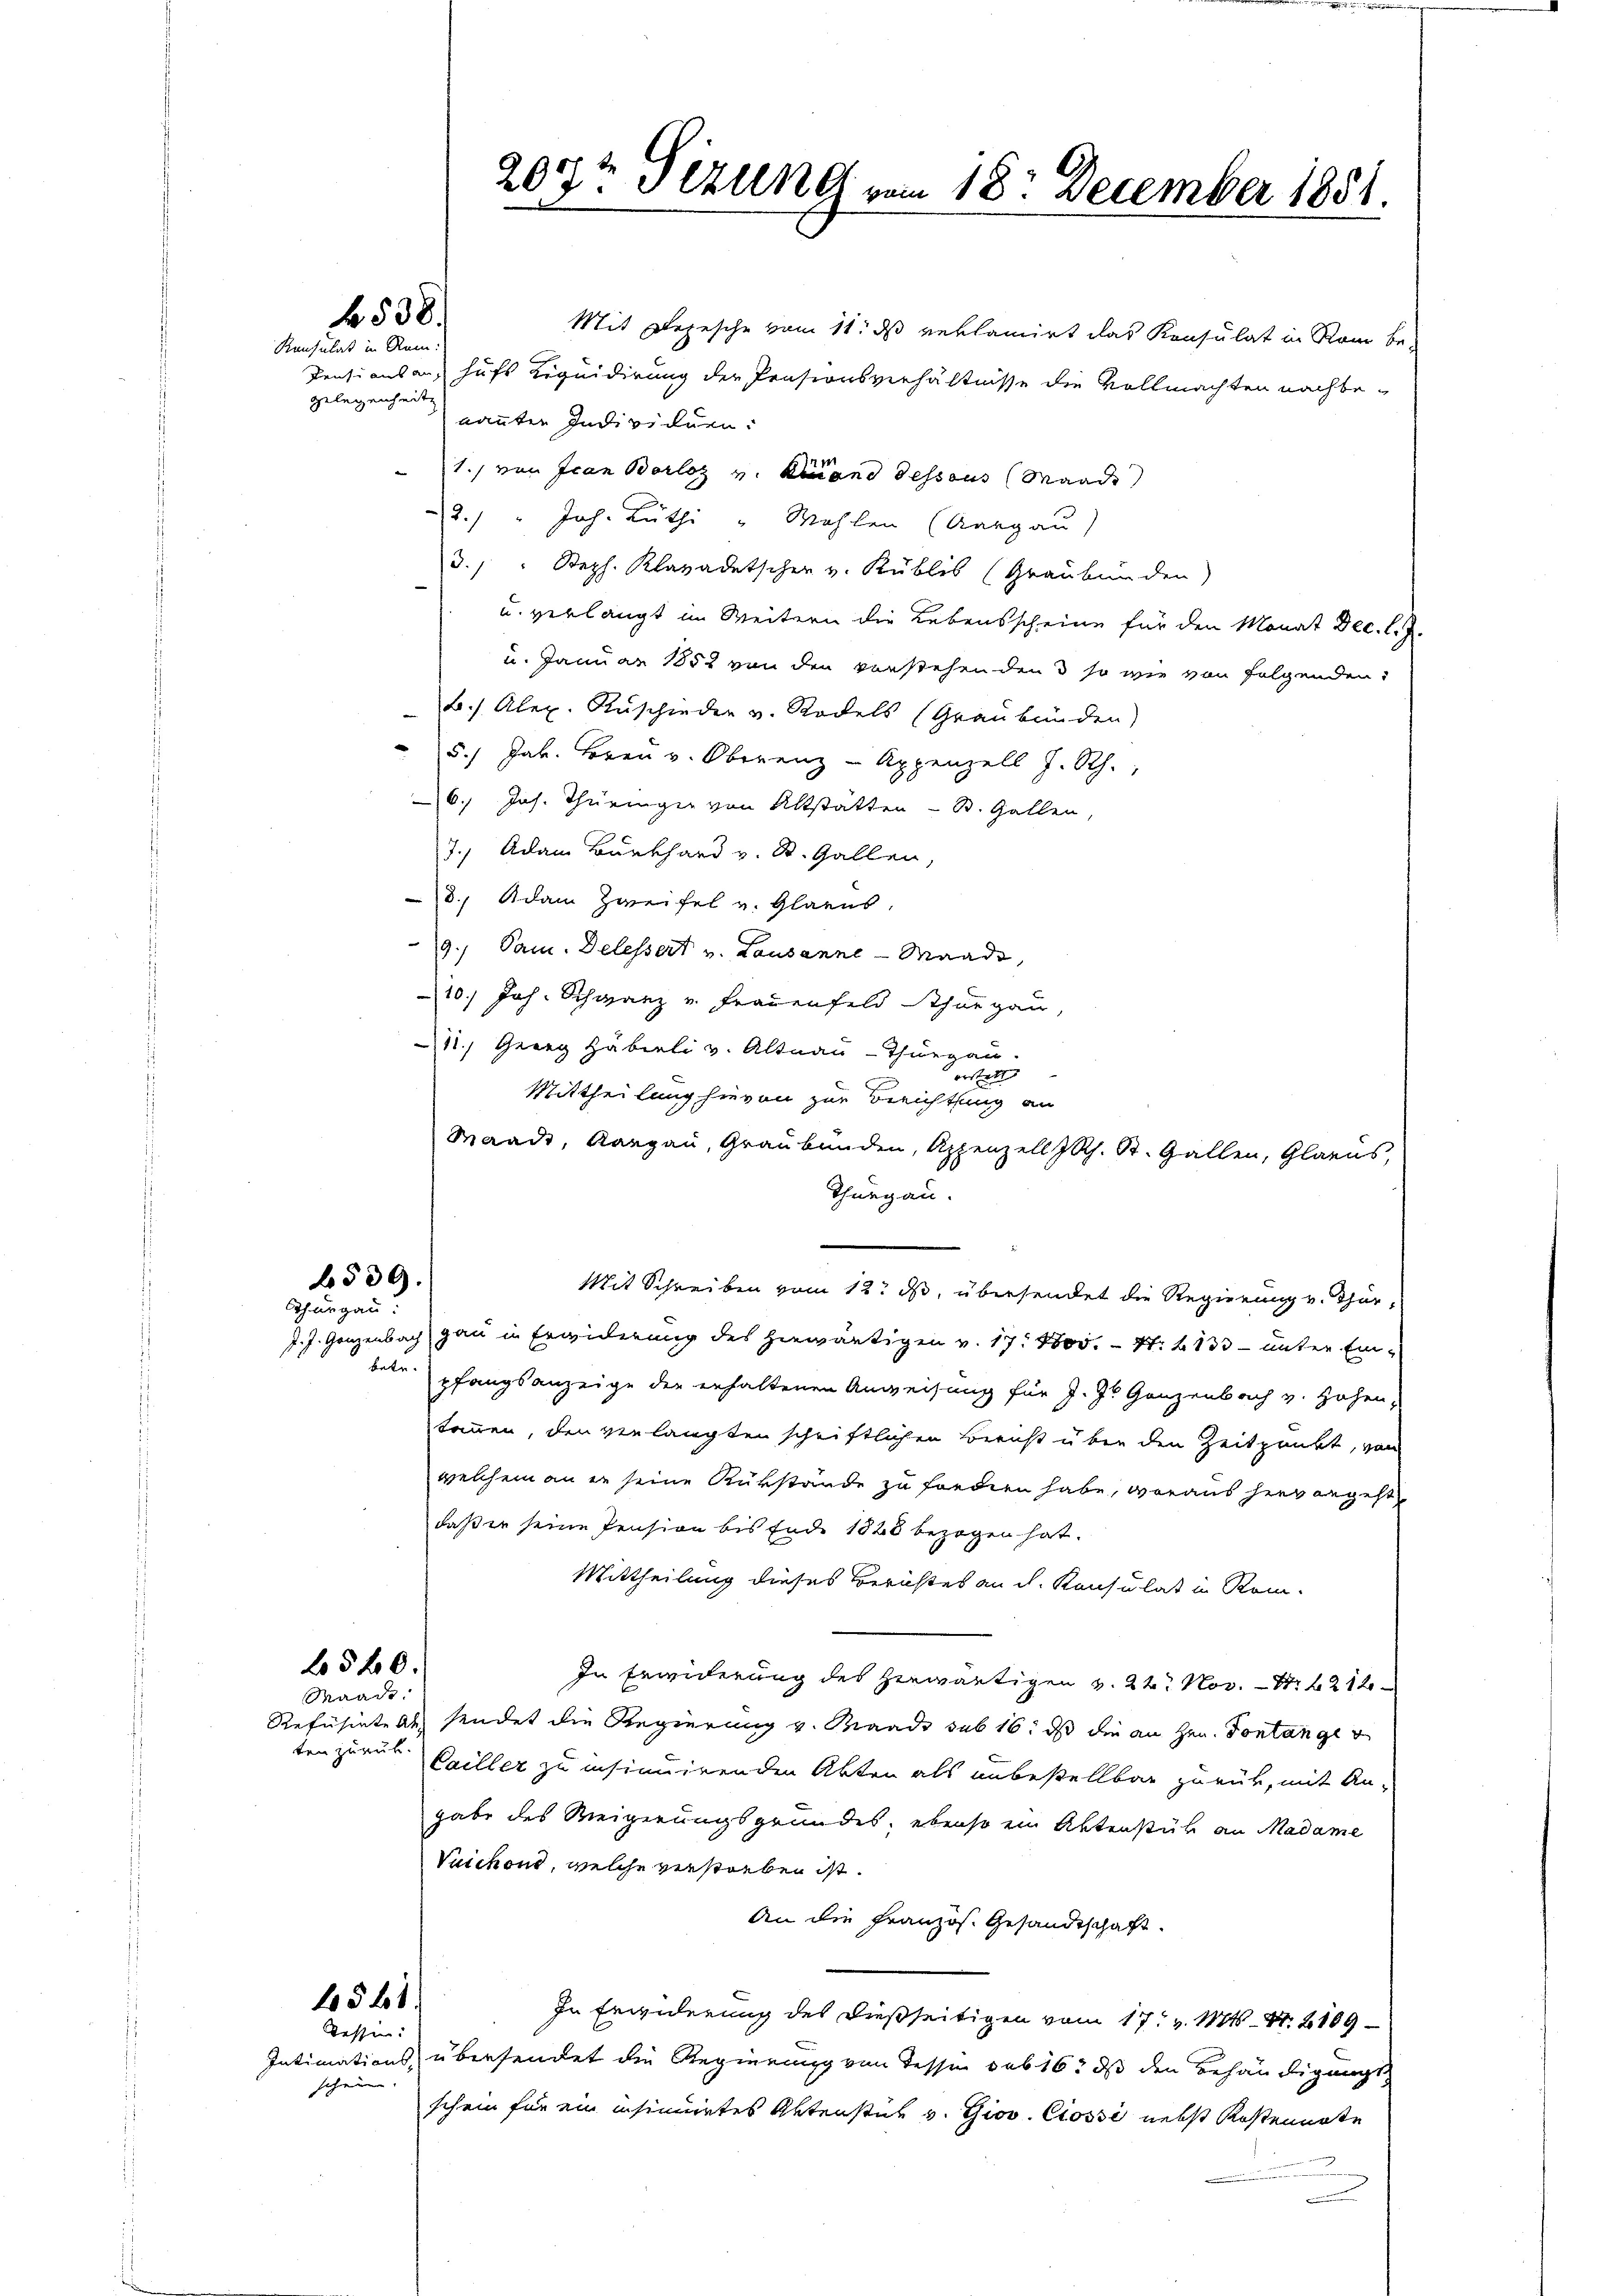
Mit Depesche vom 11. ds reklamirt das Konsulat in Rom be-
Pensionsans hufs Liquidirung der Präsionsverhältnisse die Vollmachten nachbe-
nannten Individuen.
1.) von Ican Borloz v. Land dessous Mande
2. " Joh. Rüthi " Wahlen (Aargau)
3. " Steph. Klavadetschen v. Küblis (Graubünden)
u. verlangt im Weitern die Lebensscheine für den Monat Dec. l. J.
u. Januar 1852 von den verstehenden 3 so wie von folgenden:
b./ Alex. Ruschieder v. Rodels (Graubünden)
5.) Jak. Brau v. Oberenz - Appenzell J. Rh.,
6.) Jos. Thüringer von Altstätten - St. Gallen,
7. Adam Burkhard v. St. Gallen,
3. Adam Zweifel v. Glarus,
9./ Pam. Delessert v. Lausanne -Waadt,
10.) Joh. Schwarz v. Frauenfeld thurgau,
11.) Georg Häbieli v. Altnau - Thurgau.
orstatt
Mittheilung hievon zur Berichtung an
Waadt, Aargau, Graubünden, Appenzell I.Rh. St. Gallen, Glarus,
Thurgau.
6539.
Mit Schreiben vom 12t J. übersendet die Regierung v. Thur¬
Thurgau.
J. J. Ganzenbach gan in Erwiderung des herwärtigen v. 17. 4800. - N: 4. 133 - unter Einbetr.
pfangsanzeige der erhaltenen Anweisung für J. J. Ganzenbach v. Hohen,
kommen, den verlangten schriftlichen Bericht über den Zeitprübt, vom
welchem an er seine Rükstände zu fordern habe, woraus hier angeht
daß er seine Pension bis Ende 1828 bezogen hat.
Mittheilung dieses Berichtes an d. Konsulat in Rom.
6540.
In Erwiderung des herwärtigen v. 22. Nov. 1. 212
Waadt
Reführetent sendet die Regierung v. Brande sub 16. dass die an Hrn. Sontange
ten zuruk Cailler zu insinuirenden Akten als unbestellbar zurück, mit An-
gabe des Weigerungsgrundes, ebenso ein Aktenstüh an Madame
Vuichond, welche verstorben ist.
An die Französ. Gesandtschaft.
4541.
In Erwiderung des dießseitigen vom 17. v. Mts. Nr. 2109
dessen:
Intimations, übersendet die Regierung von desse sub 16t ds den Behändigungs
scheinen
schein für ein insinuirtes Aktenstet v. Giov. Ciosse nebst Kostennote

Konsulat in Rein:
Gelegenheit

f 538.

207t Tizung vom 18. December 1851.